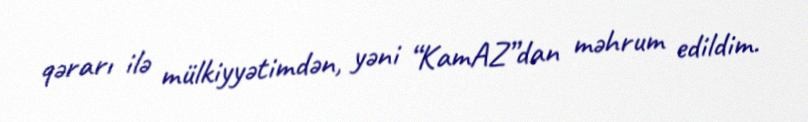
qərarı ilə mülkiyyətimdən, yəni “KamAZ”dan məhrum edildim.